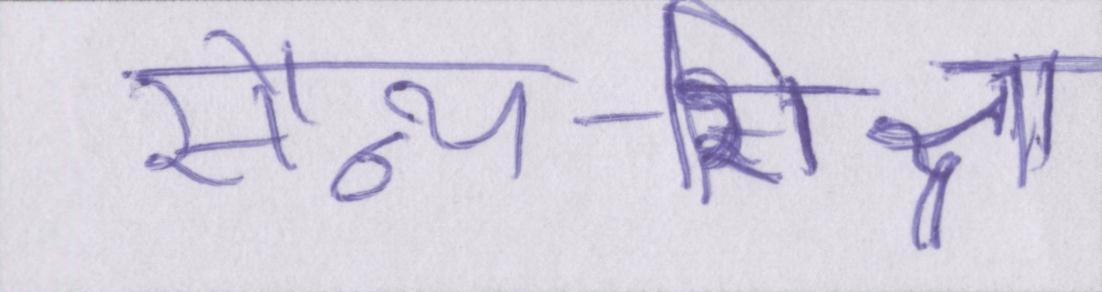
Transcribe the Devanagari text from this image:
सैन्य-शिक्षा